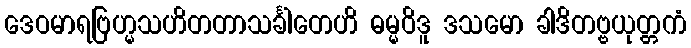
ဒေဝမာရဗြဟ္မသဟိတတာသင်္ခါတေဟိ ဓမ္မဝိဒူ ဒသမော ခါဒိတဗ္ဗယုတ္တကံ